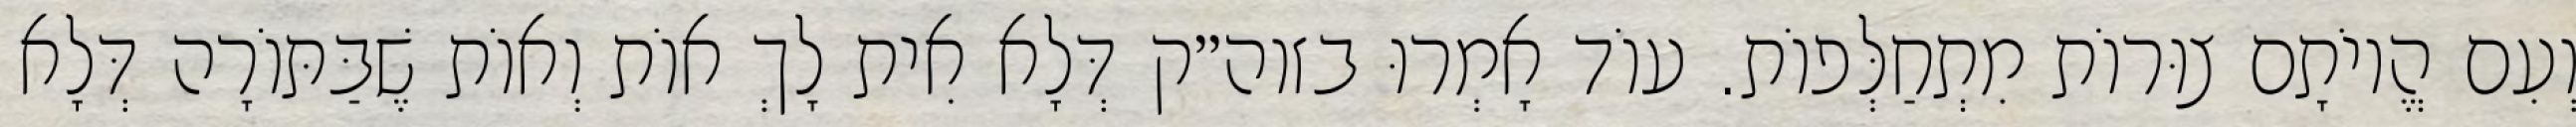
וְעִם הֱיוֹתָם צוּרוֹת מִתְחַלְּפוֹת. עוֹד אָמְרוּ בזוה״ק דְּלָא אִית לָךְ אוֹת וְאוֹת שֶׁבַּתּוֹרָה דְּלָא